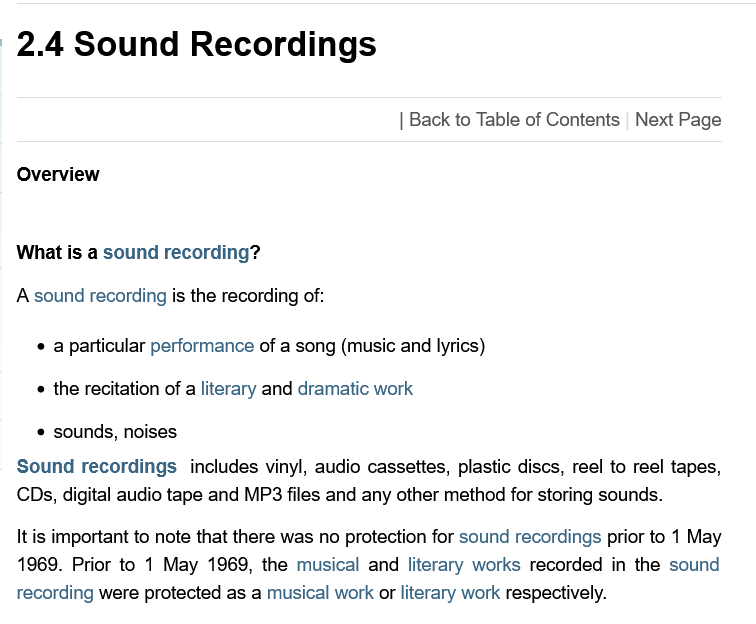
2.4   Sound    Recordings
  Overview
  What is a sound recording?
  A sound recording is the recording of:
     a particular performance of a song (music and lyrics)
     sounds, noises
  Sound  recordings includes vinyl, audio cassettes, plastic discs, reel to reel tapes,
  CDs, digital audio tape and MP3 files and any other method for storing sounds.
  It is important to note that there was no protection for sound recordings prior to 1 May
  1969. Prior to 1 May 1969, the musical and literary works recorded in the sound
  recording were protected as a musical work or literary work respectively.
     | Back to Table of Contents Next Page